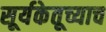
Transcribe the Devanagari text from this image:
सूर्यकेतूच्याच